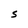
Character: S